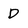
Character: D